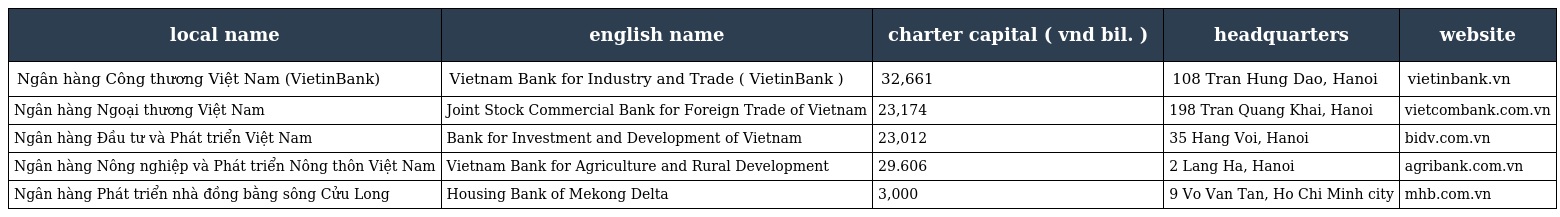
| local name | english name | charter capital ( vnd bil. ) | headquarters | website |
 | --- | --- | --- | --- | --- |
 | Ngân hàng Công thương Việt Nam (VietinBank) | Vietnam Bank for Industry and Trade ( VietinBank ) | 32,661 | 108 Tran Hung Dao, Hanoi | vietinbank.vn |
 | Ngân hàng Ngoại thương Việt Nam | Joint Stock Commercial Bank for Foreign Trade of Vietnam | 23,174 | 198 Tran Quang Khai, Hanoi | vietcombank.com.vn |
 | Ngân hàng Đầu tư và Phát triển Việt Nam | Bank for Investment and Development of Vietnam | 23,012 | 35 Hang Voi, Hanoi | bidv.com.vn |
 | Ngân hàng Nông nghiệp và Phát triển Nông thôn Việt Nam | Vietnam Bank for Agriculture and Rural Development | 29.606 | 2 Lang Ha, Hanoi | agribank.com.vn |
 | Ngân hàng Phát triển nhà đồng bằng sông Cửu Long | Housing Bank of Mekong Delta | 3,000 | 9 Vo Van Tan, Ho Chi Minh city | mhb.com.vn |